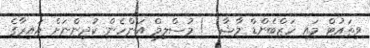
ވިތައުޓް މައި ހަޒްބެންޑް މާޝާ  ! މުސްލިމް އަންހެން ކުދިންނަށް އައިރާގެ